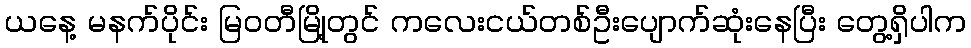
ယနေ့ မနက်ပိုင်း မြဝတီမြို့တွင် ကလေးငယ်တစ်ဦးပျောက်ဆုံးနေပြီး တွေ့ရှိပါက